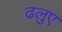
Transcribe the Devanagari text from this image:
ढलुए